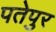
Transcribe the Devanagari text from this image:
पतेपुर